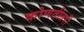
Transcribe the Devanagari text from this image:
कोणतीतरी